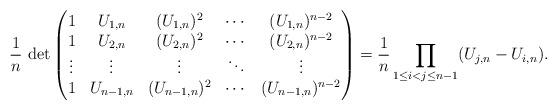
LaTeX: \begin{gather*}\frac{1}{n}\,\det\begin{pmatrix}1 & U_{1,n} & (U_{1,n})^2 & \cdots & (U_{1,n})^{n-2}\\1 & U_{2,n} & (U_{2,n})^2 & \cdots & (U_{2,n})^{n-2}\\\vdots & \vdots &\vdots & \ddots & \vdots\\1 & U_{n-1,n} & (U_{n-1,n})^2 & \cdots & (U_{n-1,n})^{n-2}\end{pmatrix}=\frac{1}{n}\prod_{1\leq i<j\leq n-1}(U_{j,n}-U_{i,n}).\end{gather*}